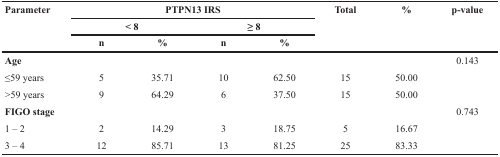
<table><thead><tr><td rowspan="3"><b>Parameter</b></td><td colspan="4"><b>PTPN13 IRS</b></td><td rowspan="3"><b>Total</b></td><td rowspan="3"><b>%</b></td><td rowspan="3"><b>p-value</b></td></tr><tr><td colspan="2"><b>&lt; 8</b></td><td colspan="2"><b>≥ 8</b></td></tr><tr><td><b>n</b></td><td><b>%</b></td><td><b>n</b></td><td><b>%</b></td></tr></thead><tbody><tr><td><b>Age</b></td><td></td><td></td><td></td><td></td><td></td><td></td><td>0.143</td></tr><tr><td>≤59 years</td><td>5</td><td>35.71</td><td>10</td><td>62.50</td><td>15</td><td>50.00</td><td></td></tr><tr><td>&gt;59 years</td><td>9</td><td>64.29</td><td>6</td><td>37.50</td><td>15</td><td>50.00</td><td></td></tr><tr><td><b>FIGO stage</b></td><td></td><td></td><td></td><td></td><td></td><td></td><td>0.743</td></tr><tr><td>1 – 2</td><td>2</td><td>14.29</td><td>3</td><td>18.75</td><td>5</td><td>16.67</td><td></td></tr><tr><td>3 – 4</td><td>12</td><td>85.71</td><td>13</td><td>81.25</td><td>25</td><td>83.33</td><td></td></tr></tbody></table>